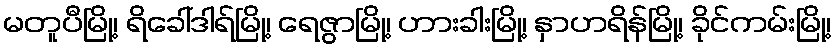
မတူပီမြို့၊ ရိခေါ်ဒါရ်မြို့၊ ရေဇွာမြို့၊ ဟားခါးမြို့၊ နှာဟရိန်မြို့၊ ခိုင်ကမ်းမြို့၊